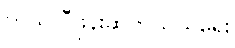
တယ်လီဖုန်းဆက်သွယ်ရေး